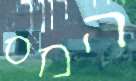
המס